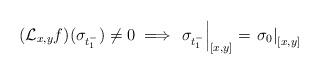
LaTeX: \begin{align*}(\mathcal{L}_{x,y}f)(\sigma_{t_{1}^{-}})\ne0\implies\left.\sigma_{t_{1}^{-}}\right|_{[x,y]}=\left.\sigma_{0}\right|_{[x,y]}\end{align*}